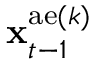
{ \bf x } _ { t - 1 } ^ { \mathrm { a e } ( k ) }